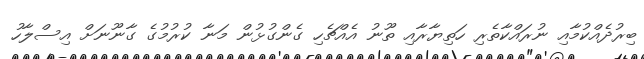
ބިރުދެއްކުމާއި ނުރައްކާތެރި ހަތިޔާރާއި ތޫނު އެއްޗެހި ގެންގުޅުން މަނާ ކުރުމުގެ ގާނޫނަށް އިސްލާހު